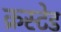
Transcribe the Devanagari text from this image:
क्रस्टेड